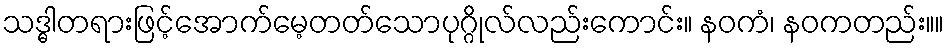
သဒ္ဓါတရားဖြင့်အောက်မေ့တတ်သောပုဂ္ဂိုလ်လည်းကောင်း။ နဝကံ၊ နဝကတည်း။။